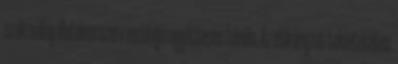
szakmailag illetékes szerv vezetője együttesen felelős. Az előirányzat tekintetében